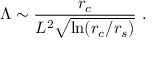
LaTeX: \Lambda \sim \frac { r _ { c } } { L ^ { 2 } \sqrt { \ln ( r _ { c } / r _ { s } ) } } \ .